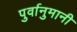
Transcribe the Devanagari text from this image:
पुर्वानुमानी